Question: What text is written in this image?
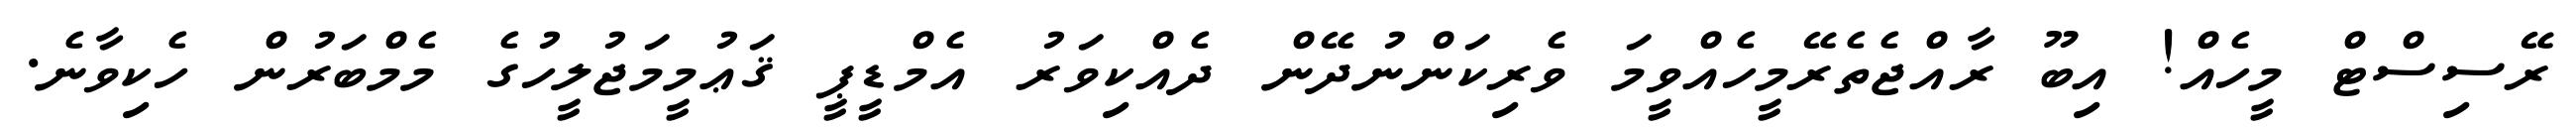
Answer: ރޭސިސްޓް މީހެއް! އިބޫ ރާއްޖެތެރޭމީހެއްވީމަ ވެރިކަންނުދޭން ދެއްކިވަރު އެމްޑީޕީ ޤަޢުމީމަޖުލީހުގެ މެމްބަރުން ހެކިވާނެ.